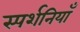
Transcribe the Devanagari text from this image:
स्पर्शनियाँ